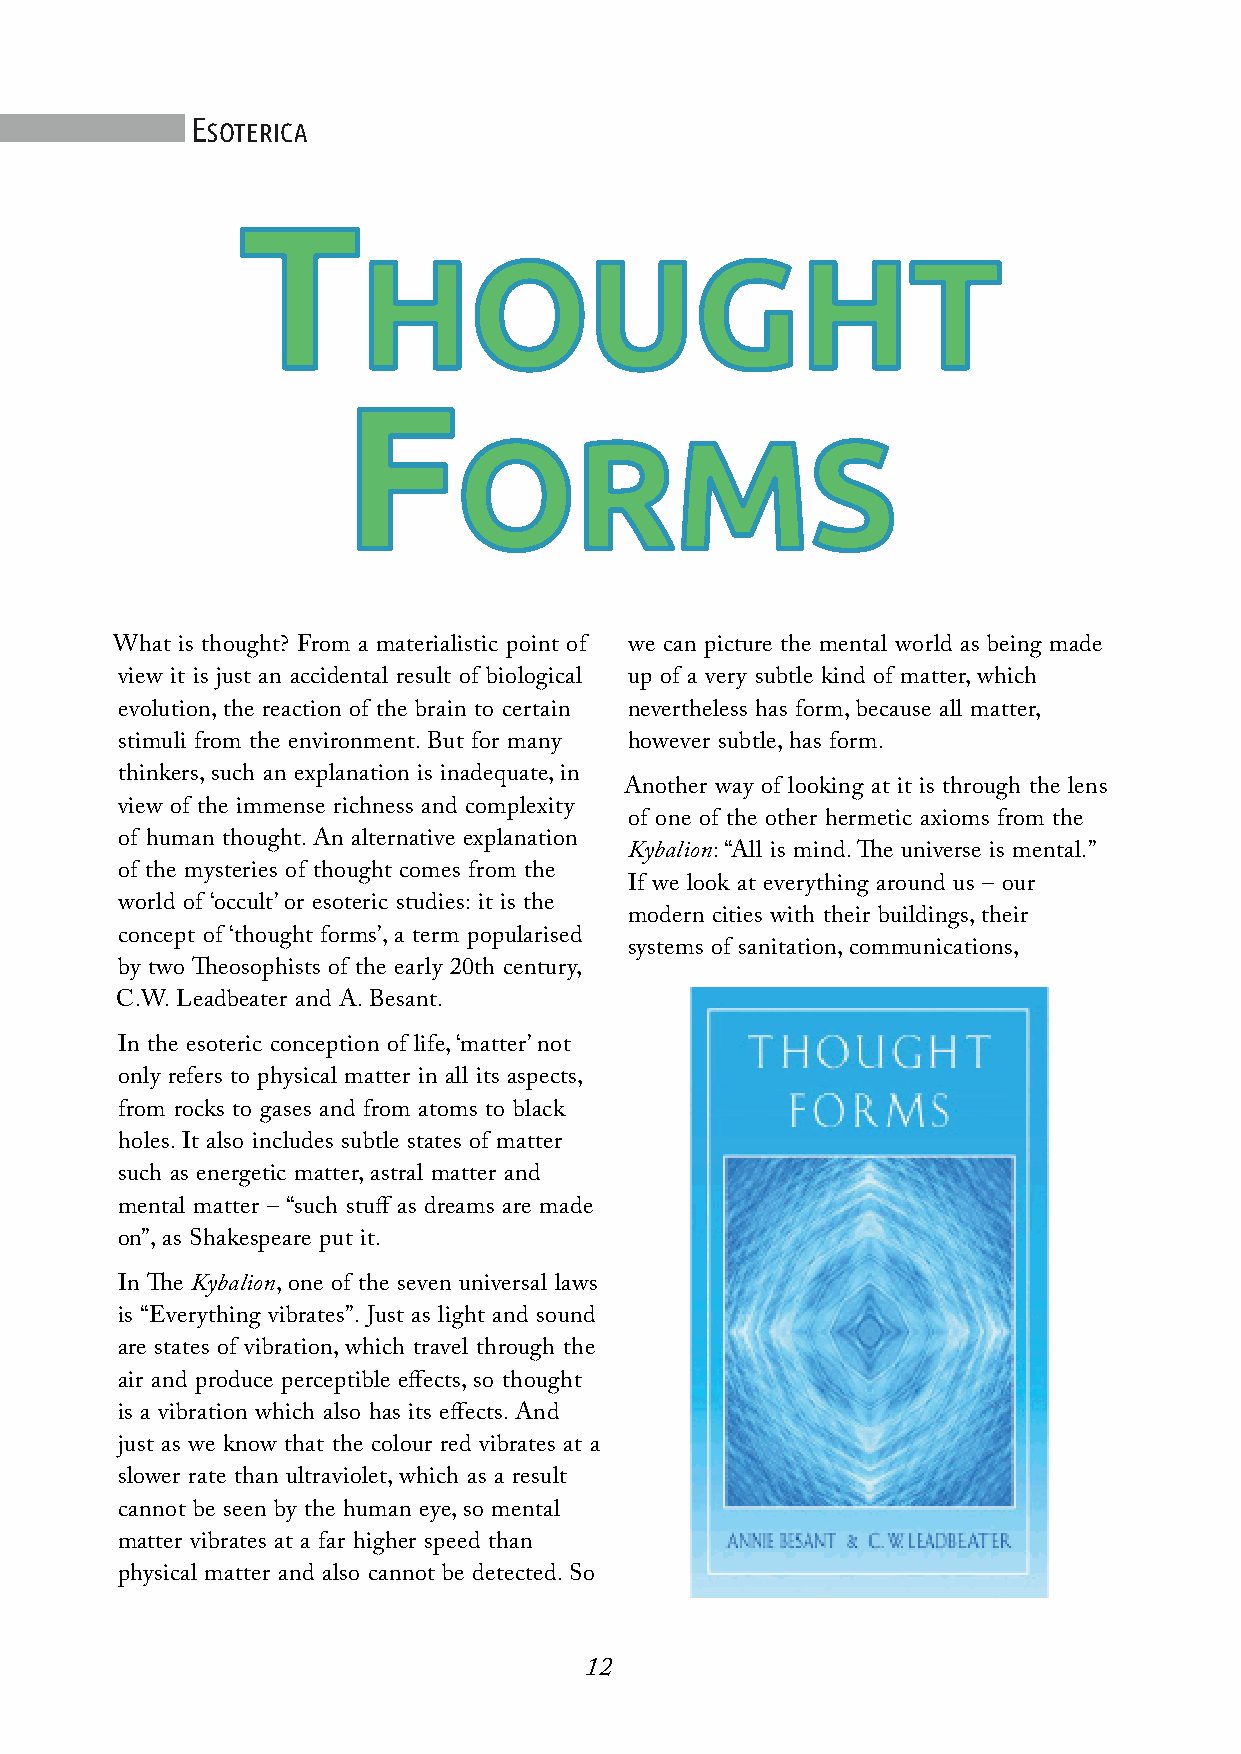
E
 SOTERICA
 T
 HOUGHT
 F
 ORMS
 What is thought? From a materialistic point of we can picture the mental world as being made
 view it is just an accidental result of biological up of a very subtle kind of matter,which
 evolution,the reaction of the brain to certain nevertheless has form,because all matter,
 stimuli from the environment.But for many however subtle,has form.
 thinkers,such an explanation is inadequate,in
 Another way of looking at it is through the lens
 view of the immense richness and complexity
 of one of the other hermetic axioms from the
 of human thought.An alternative explanation
 Kybalion: “All is mind.The universe is mental.”
 of the mysteries of thought comes from the
 If we look at everything around us – our
 world of ‘occult’or esoteric studies: it is the
 modern cities with their buildings,their
 concept of ‘thought forms’,a term popularised
 systems of sanitation,communications,
 by two Theosophists of the early 20th century,
 C.W.Leadbeater and A.Besant.
 In the esoteric conception of life,‘matter’not
 only refers to physical matter in all its aspects,
 from rocks to gases and from atoms to black
 holes.It also includes subtle states of matter
 such as energetic matter,astral matter and
 mental matter – “such stuff as dreams are made
 on”,as Shakespeare put it.
 In The Kybalion,one of the seven universal laws
 is “Everything vibrates”.Just as light and sound
 are states of vibration,which travel through the
 air and produce perceptible effects,so thought
 is a vibration which also has its effects.And
 just as we know that the colour red vibrates at a
 slower rate than ultraviolet,which as a result
 cannot be seen by the human eye,so mental
 matter vibrates at a far higher speed than
 physical matter and also cannot be detected.So
 12